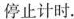
停止计时。